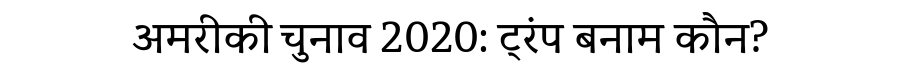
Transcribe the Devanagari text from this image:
अमरीकी चुनाव 2020: ट्रंप बनाम कौन?